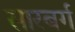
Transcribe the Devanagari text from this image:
सारबर्ग